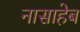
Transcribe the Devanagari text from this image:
नासाहेब